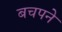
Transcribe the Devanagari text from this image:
बचपने